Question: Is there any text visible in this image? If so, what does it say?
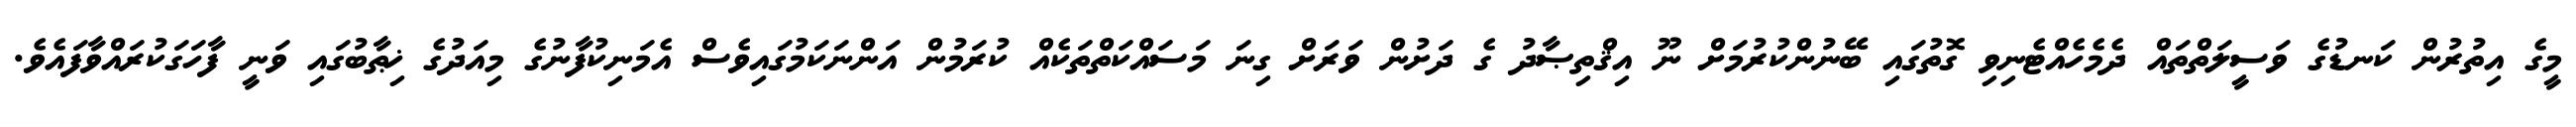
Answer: މީގެ އިތުރުން ކަނޑުގެ ވަސީލަތްތައް ދެމެހެއްޓެނިވި ގޮތުގައި ބޭނުންކުރުމަށް ނޫ އިޤްތިޞާދު ގެ ދަށުން ވަރަށް ގިނަ މަސައްކަތްތަކެއް ކުރަމުން އަންނަކަމުގައިވެސް އެމަނިކުފާނުގެ މިއަދުގެ ޚިޠާބުގައި ވަނީ ފާހަގަކުރައްވާފައެވެ.